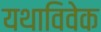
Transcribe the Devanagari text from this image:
यथाविवेक